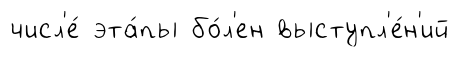
числ'е́ эта́пы бо́л'ен выступл'е́н'ий